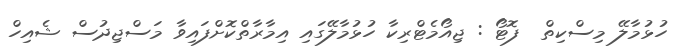
ހުޅުމާލޭ މިސްކިތް  ފޮޓޯ : ޖިއޯމެޓްރިކާ ހުޅުމާލޭގައި އިމާރާތްކޮށްފައިވާ މަސްޖިދުސް ޝެއިހް